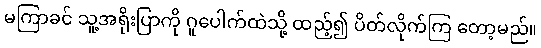
မကြာခင် သူ့အရိုးပြာကို ဂူပေါက်ထဲသို့ ထည့်၍ ပိတ်လိုက်ကြ တော့မည်။